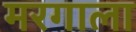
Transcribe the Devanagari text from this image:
मरगाला